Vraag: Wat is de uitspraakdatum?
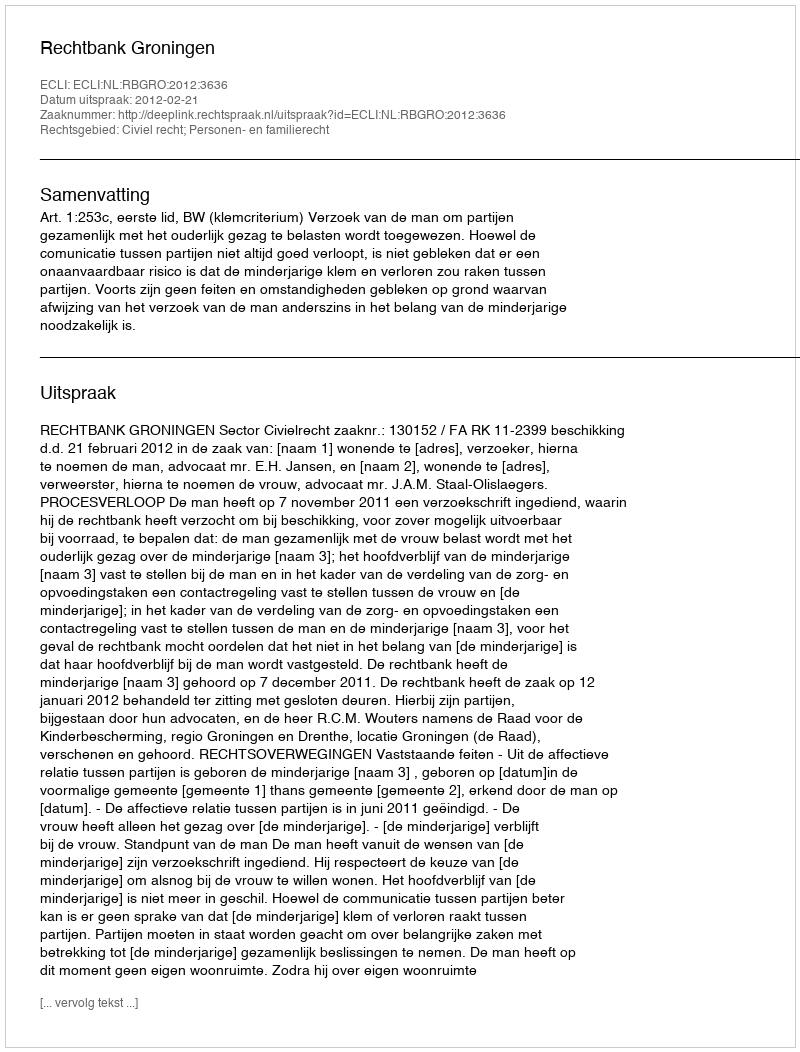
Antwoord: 2012-02-21